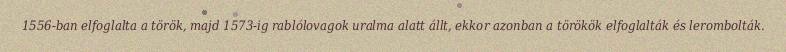
1556-ban elfoglalta a török, majd 1573-ig rablólovagok uralma alatt állt, ekkor azonban a törökök elfoglalták és lerombolták.